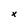
Character: x